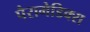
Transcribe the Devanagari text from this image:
पैरामेडिक्स